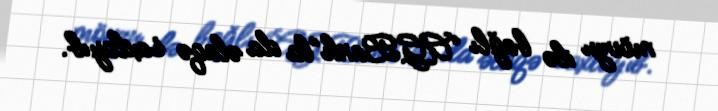
mövzu ilə bağlı “AGBank”la da əlaqə saxlayıb.